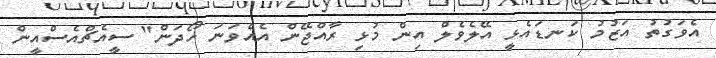
އެވަގުތު އަޒުމު ކަނޑައެޅީ އޭލެވެލް އިން މުޅި ރާއްޖޭން އެއްވަނަ ހޯދަން" ސީއެޗްއެސްއީން